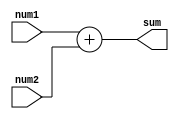
// ECE6370
// Adder Module
module adder(num1, num2, sum);
 input[3:0] num1, num2;
 output[3:0] sum;
 reg[3:0] sum;

 always @ (num1, num2)
 begin
 //summation
 sum = num1 + num2;
 end
endmodule